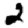
Digit: 2